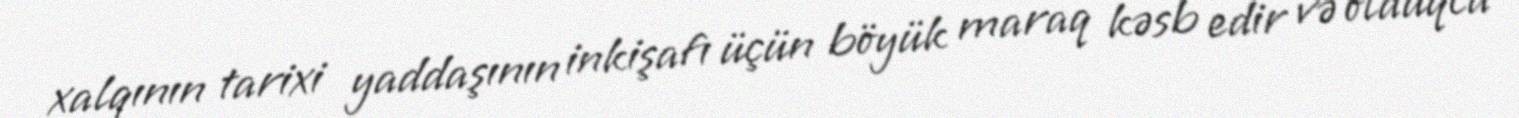
xalqının tarixi yaddaşının inkişafı üçün böyük maraq kəsb edir və olduqca